Vaccination in Bombay 1913-1923 - 1913-1923
Year: 1913
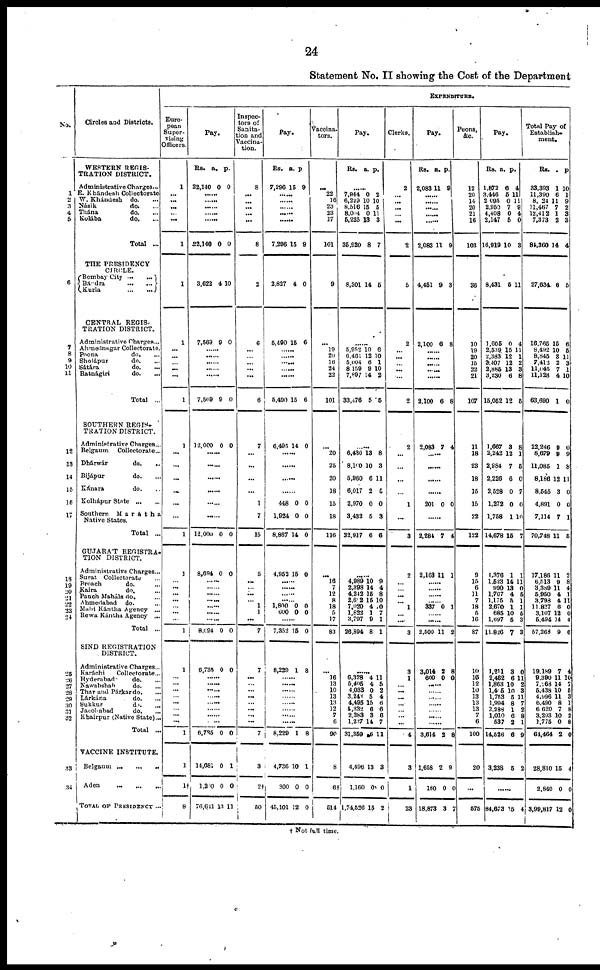
24
Statement No. II showing the Cost of the Department
No.
1
2
3
4
5
6
7
6
9
10
11
12
13
14
15
16
17
18
19
20
21
22
23
24
25
26
27
28
29
30
31
32
33
34
Circles and Districts.
WESTERN REGIS-
TRATION DISTRICT.
Administrative Charges...
E. Khándesh Collectorate.
W. Khándesh do. ...
Násik
do. ...
Thána
do. ...
Kolába
do....
Total ...
THE PRESIDENCY
CIRCLE.
Bombay City
...
...
Bándra
...
...
Kurla ... ...
CENTRAL REGIS-
TRATION DISTRICT.
Administrative Charges...
Ahmednagar Collectorate.
Poona
do. ...
Sholápur
do. ...
Sátára
do. ...
Ratnágiri
do. ...
Total ...
SOUTHERN REGIS-
TRATION DISTRICT.
Administrative Charges...
Belgaum
Collectorate...
Dhárwár
do. ..
Bijápur
do. ...
Kánara
do. ...
Kolhápur
State...
...
Southern
Marátha
Native States.
Total ...
GUJARÁT REGISTRA-
TION DISTRICT.
Administrative Charges...
Surat Collectorate ...
Broach do. ...
Kaira
do. ...
Panch Maháls do. ...
Ahmedabad
do. ...
Mahi Kántha Agency ...
Rewa Kántha Agency ...
Total ...
SIND REGISTRATION
DISTRICT.
Administrative Charges...
Karáchi
Collectorate...
Hyderabad do ...
Nawabshah do ...
Thar and Párkar do ...
Lárkána do ...
Sukkur do ...
Jacobabad do ...
Khairpur ( Native State ) ...
Total ...
VACCINE INSTITUTE.
Belgaum
...
...
...
Aden
...
...
...
TOTAL OF PRESIDENCY ...
EXPENDITURE.
Euro-
pean
Super-
vising
Officers.
1
...
...
...
... ...
1
1
1
...
...
...
...
...
1
1
...
...
...
...
...
...
1
1
...
...
...
...
...
...
...
1
1
...
...
...
...
...
...
...
...
1
1
1†
8
Pay.
Rs.
22,140
a.
0
p.
0
......
......
......
...... ......
22,140
3,622
7,569
0
4
9
0
10
0
......
......
......
......
......
7,569
12,000
9
0
0
0
......
......
......
......
......
......
12,000
8,694
0
0
0
0
......
......
......
......
......
......
......
8,694
6,735
0
0
0
0
......
......
......
......
......
......
......
......
6,735
11,681
1,200
76,641
0
0
0
13
0
1
0
11
Inspec-
tors of
Sanita-
tion and
Vaccina-
tion.
8
...
... ...
...
...
8
2
6
...
...
...
...
...
6
7
...
...
...
...
1
7
15
5
...
...
...
...
1
1
...
7
7
...
...
...
...
...
...
...
...
7
3
2†
50
Pay.
Rs.
7,296
a.
15
p.
9
......
......
......
......
......
7,296
2,827
5,490
15
4
15
9
0
6
......
......
......
......
......
5,490
6,495
15
14
6
0
......
......
......
......
448
1,924
8,867
4,952
0
0
14
15
0
0
0
0
......
......
......
......
1,800
600
0
0
0
0
......
7,352
8,239
15
1
0
8
......
......
......
......
......
......
......
......
8,229
4,736
300
45,101
1
10
0
12
8
1
0
0
Vaccina-
tors.
...
22
16
23
23
17
101
9
...
19
20
16
24
22
101
...
20
25
20
18
15
18
116
...
16
7
12
8
18
5
17
83
...
16
13
10
13
13
12
7
6
90
8
6†
514
Pay.
Rs. a. p.
......
7,944
6,220
8,516
8,004
5,225
35,920
8,301
0
10
15
0
13
8
14
2
10
5
11
3
7
5
......
5,952
6,461
5,004
8,159
7,897
33,476
10
12
6
9
14
5
6
10
1
10
9
5
......
6,436
8,100
5,960
6,017
2,970
3,432
32,917
13
10
6
2
0
5
6
8
3
11
5
0
3
6
......
4,989
2,398
4,242
2,602
7,020
1,832
3,797
26,894
10
14
15
15
4 1
9
8
9
4
8
10
0
7
1
1
......
6,328
5,405
4,033
3,240
4,495
4,332
2,283
1,237
31,359
4,496
1,160
1,74,526
4
4
0
5
15
6
3
14
6
1
0
15
11
5
2
4
6
6
6
7
11
3
0
2
Clerks.
2
...
...
...
...
...
2
5
2
...
...
...
...
...
2
2
...
...
...
...
1
...
3
2
...
...
...
...
1
...
....
3
3
1
...
...
...
...
...
...
...
4
3
1
23
Pay.
Rs.
2,083
a.
11
p.
9
......
......
......
...... ......
2,083
4,451
2,100
11
9
6
9
3
8
......
......
......
......
......
2,100
2,083
6
7
8
4
......
......
......
......
201 0 0
......
2,284
2,163
7
11
4
1
......
......
......
......
337 0 1
......
......
2,500
3,014
600
11
2
0
2
8
0
......
......
......
......
......
......
......
3,614
1,658
180
18,873
2
2
0
3
8
9
0
7
Peons,
&c.
12
20
14
20
21
16
103
36
10
19
20
15
22
21
107
11
18
23
18
15
15
22
122
9
15
6
11
7
18
5
16
87
10
16
12
10
13
13
13
7
6
100
20
...
575
Pay.
Rs.
1,872
3,446
2,095
2,950
4,408
2,147
16,919
8,431
1,605
2,539
2,383
2,407
2,885
3,230
15,052
1,667
2,242
2,984
2,226
2,528
1,272
1,758
14,678
1,376
1,523
990
1,707
1,175
2,670
685
1,697
11,826
1,211
2,462
1,863
1,415
1,753
1,994
2,288
1,010
537
14,526
3,238
a.
6
5
0
7
0
5
10
5
0
15
12
12
13
6
12
3
12
7
6
0
0
1
15
1
14
13
4
5
1 10
5
7
3
6 10
10
5
8
1
6
2
6
5
p.
4
11
11
9
4
0
3
11
4
11
1
2
3
8
5
8
1
6
0
7
0
10
7
1
11 0
5
1
1
5 3
3
0
11
2
3
11
7
2
8
1
9
2
......
84,673 15 4
Total Pay of
Establish-
ment.
Rs.
33,393
11,390
8,024
11,467
12,412
7,373
84,360
27,634
16,765
8,492
8,845
7,412
11,045
11,128
63,690
22,246
8,679
11,085
8,186
8,545
4,891
7,114
70,748
17,186
6,513
3,389
5,950
3,798
11,827
3,107
5,494
57,268
19,189
9,390
7,263
5,438
4,996
6,490
6,620
3,293
1,775
64,464
28,810
2,840
3,99,817
a.
1
6
11
7
1
2
14
6
15
10
8
2
7
4
1
9
9
1
12
3
0
7
11
11
9
11
4
4
6
12
14
9
7
11
14
10
11
8 7
10
0
4
15
0
12
p.
10
1
9
2
3
3
4
5
6
5
11
3
1
10
0
0
9
8
11
0
0
1
5
2
8
4
1
11
0
0
4
6
4
10
7
5
3
1
8
2
8
2 0
4
0
0
† Not full time.